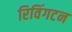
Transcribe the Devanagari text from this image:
रिविंगटन